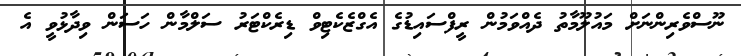
ނޫސްވެރިންނަށް މައުލޫމާތު ދެއްވަމުން ރީފްސައިޑުގެ އެގްޒެކެޓިވް ޑިރެކްޓަރު ސަލްމާން ހަސަން ވިދާޅުވީ އެ